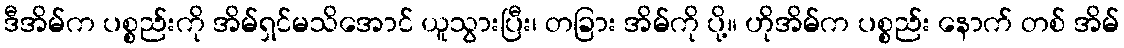
ဒီအိမ်က ပစ္စည်းကို အိမ်ရှင်မသိအောင် ယူသွားပြီး၊ တခြား အိမ်ကို ပို့။ ဟိုအိမ်က ပစ္စည်း နောက် တစ် အိမ်